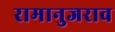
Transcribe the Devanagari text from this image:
रामानुजराव